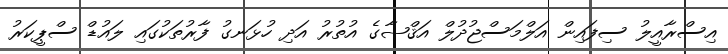
އިސްރާއީލު ސިފައިން އަލްމަސްޖުދުލް އަޤްޞާގެ އުތުރު އަދި ހުޅަނގު ފާރުތަކުގައި ލައުޑް ސްޕީކަރު